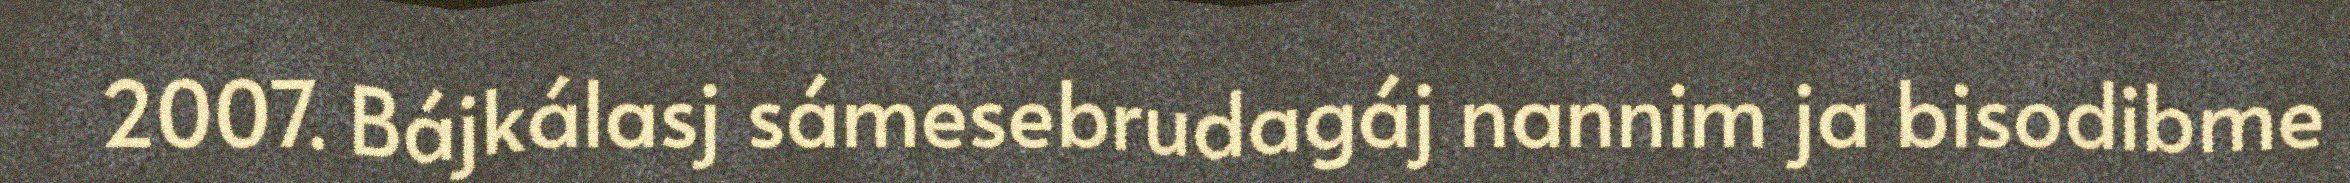
2007. Bájkálasj sámesebrudagáj nannim ja bisodibme